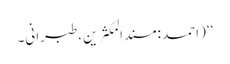
‘‘ (احمد :مسندالمکثرین،طبرانی۔